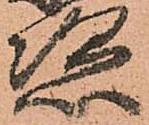
恣